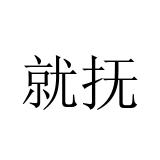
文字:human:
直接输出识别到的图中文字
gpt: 就抚